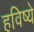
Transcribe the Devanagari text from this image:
हविष्ये